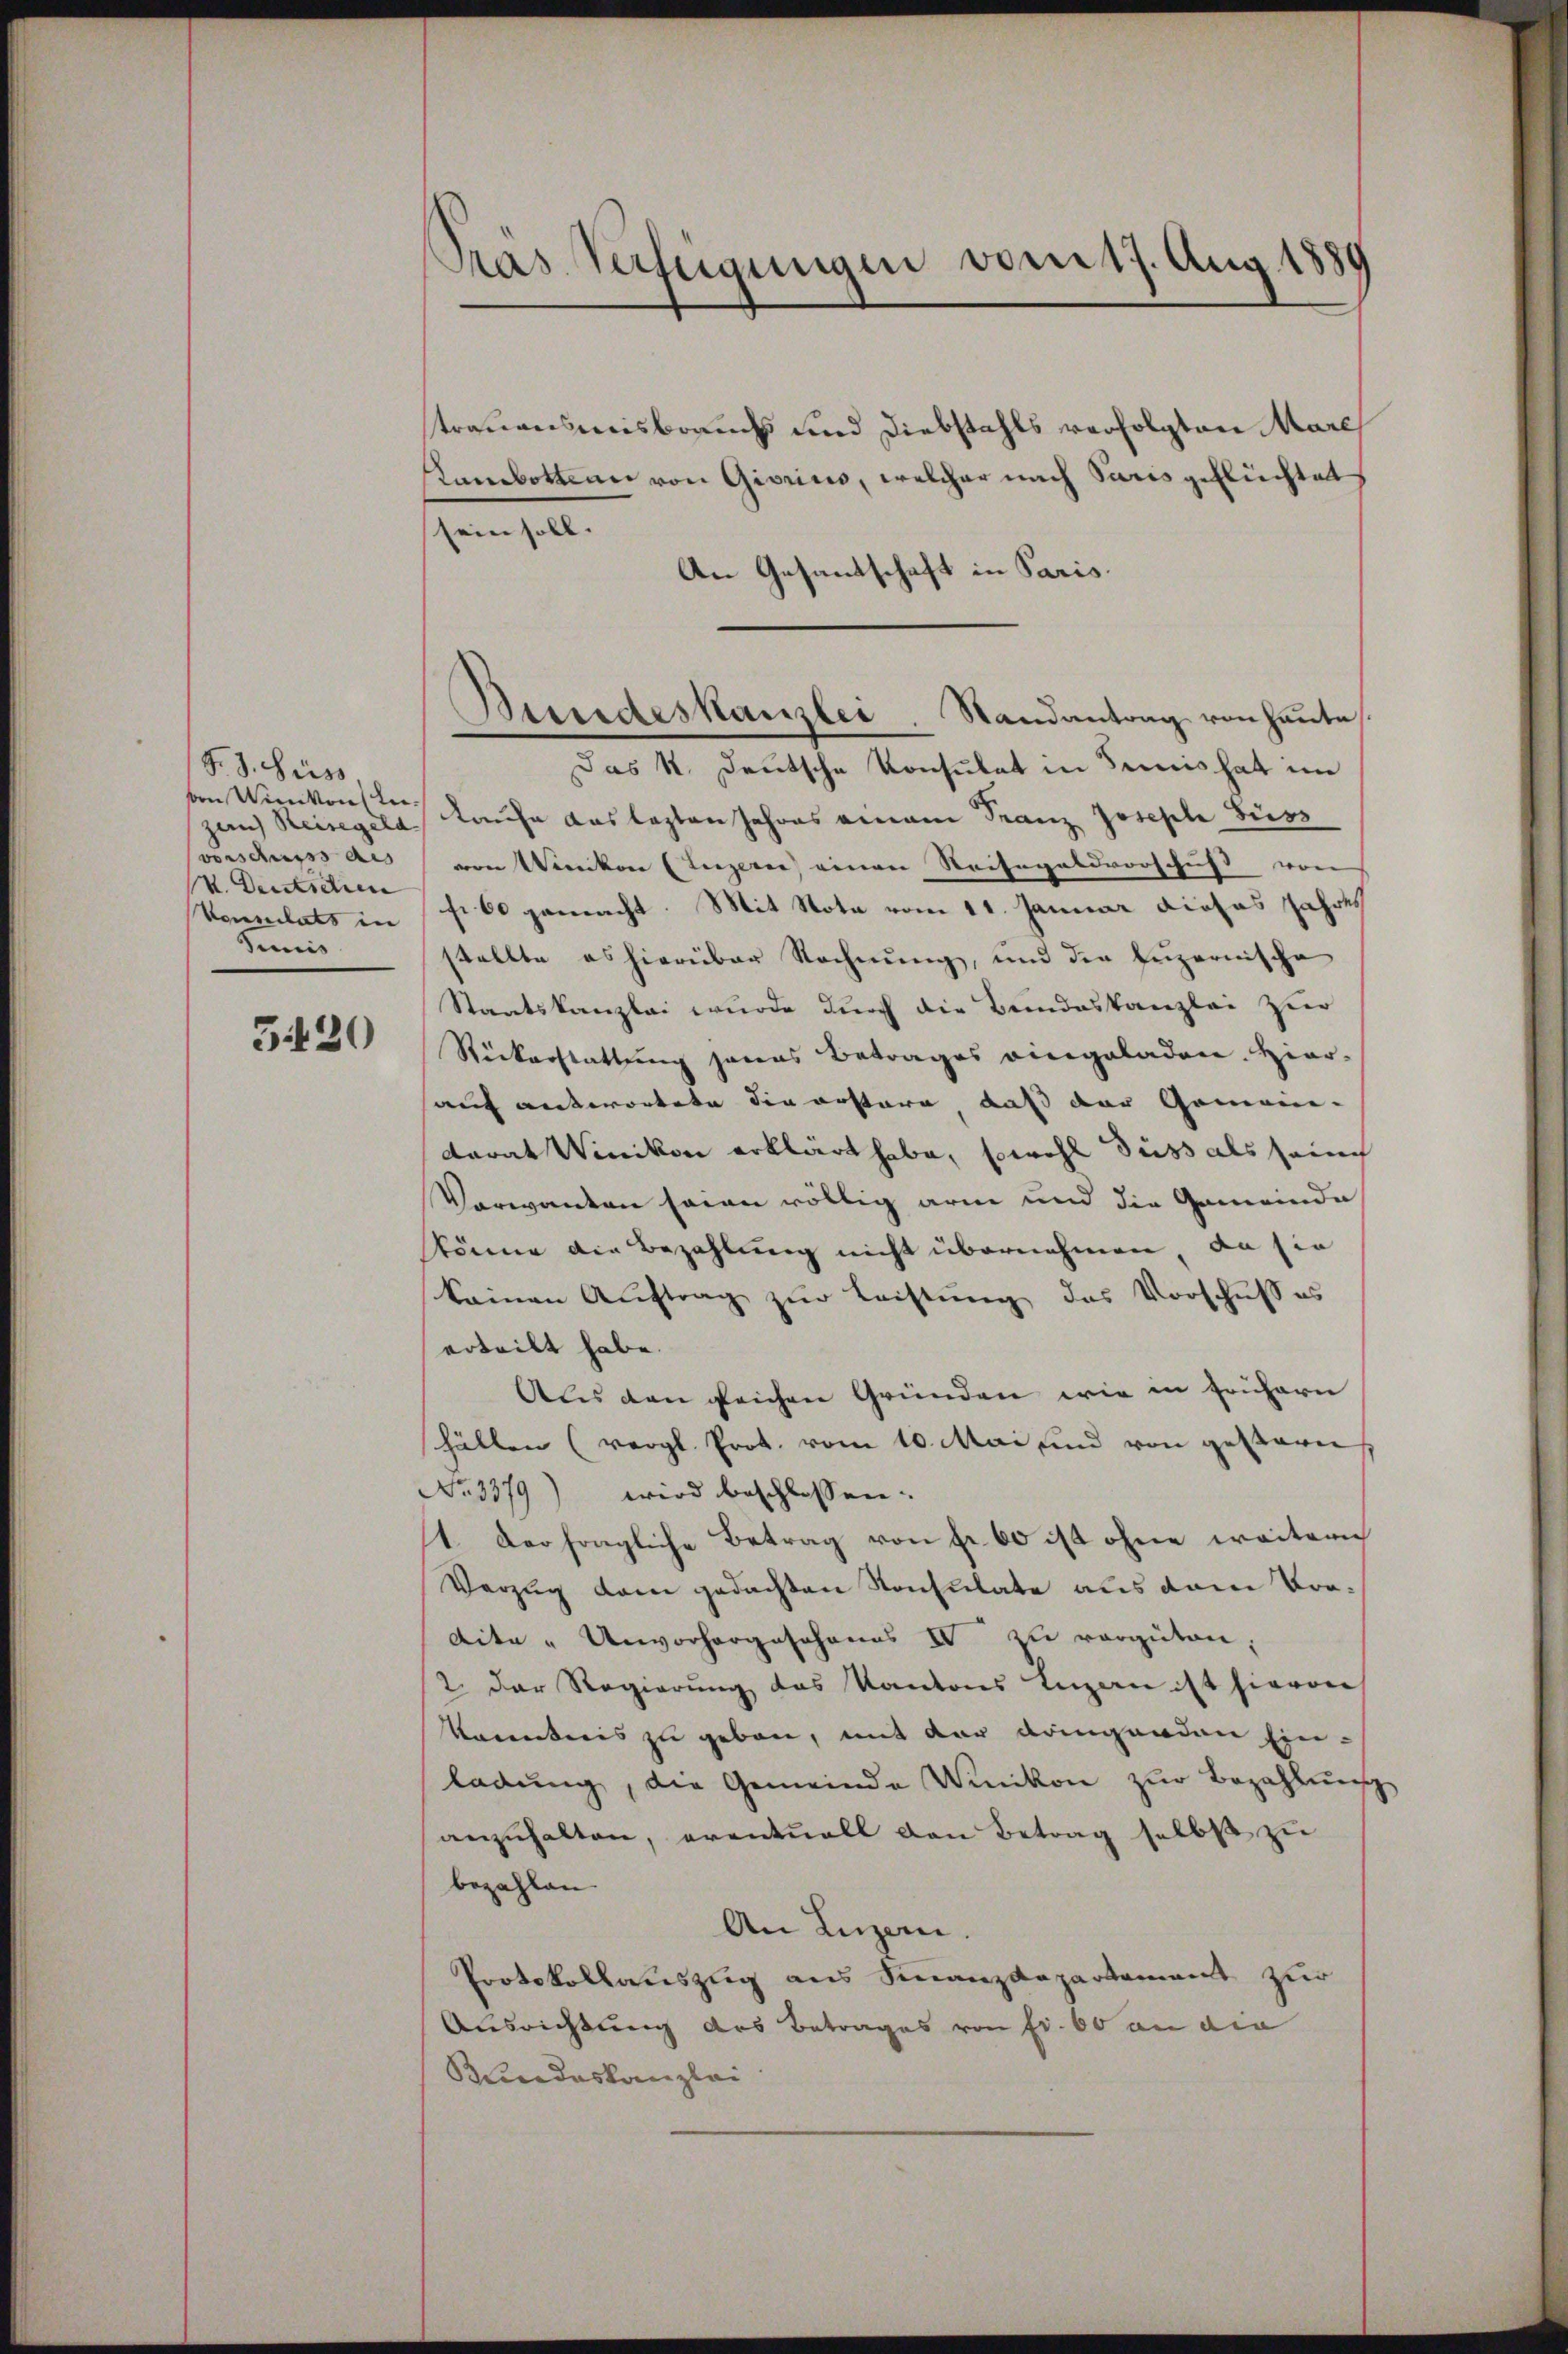
F. J. Suiss
von Winikon bezan Reisegeld
vorschuss aus
V. Deutschen
Vonnlats in
Simis

3420

Pras Verfügungen vom 17. Aug. 1889

Bundeskanzlei. Randantrag von heute

trauensmisbrauch und Diebstahls verfolgten Marc
Lanbottern von Giorius, welcher nach Paris geflüchtet
sein soll. |
An Gesantschaft in Paris.
Das k. Deutsche Konsulat in Seis hat im
Laufe das legten Jahres einem Franz Joseph Hüsz
von Wercken (Luzerne einen Weisegaldvorschuss von
fr 60 gemacht. Mit Note vom 11. Januar dieses Jahres
stellte es hierüber Rechnung, und die Luzernische
Staatskanzlei wurde durch die Bundeskanzlei zur
Rückerstattŭng jenes Betrages eingeladen. Hier-
auf antwortete die erstere daß der Gemein-
darat Winikon erklärt habe, sowohl diess als seine
Verwanden seien völlig arm und die Gemeinde
skönne die Bezahlung nicht übernehmen, da sie
keinen Auftrag zur Leistung des Vorschuß es
erteilt habe.
Aus den gleichen Gründen wie in frühern
hällen (vergl. Prot. vom 10. Mai und von gestern,
No. 3379) wird beschlossen:
1. Der fragliche Betrag von Fr. 60 ist ohne weitern
Vorzug dem gedachten Konsulate aus dem Vordite - Unvorhergeschanes IV zu vergüten;
2. Der Regierung des Kantons Luzan ist hievon
Karentenis zu geben, mit der dringenden Ein-
ladung, die Gemeinde Winikon zur Bezahlung
anzuhalten, eventuell den Betrag selbst zu
bezahlen
An Luzern.
Protokollauszug aus Finanzdepartement zur
Ausrichtung des Betrages von Fr. 60 an die
Kundeskanzlei